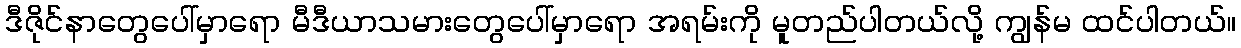
ဒီဇိုင်နာတွေပေါ်မှာရော မီဒီယာသမားတွေပေါ်မှာရော အရမ်းကို မူတည်ပါတယ်လို့ ကျွန်မ ထင်ပါတယ်။